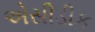
એસીડીક